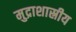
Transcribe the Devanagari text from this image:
मुद्राशास्रीय